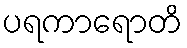
ပရကာရောတိ